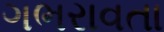
ગભરાવતા